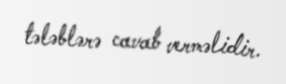
tələblərə cavab verməlidir.